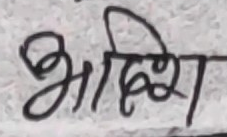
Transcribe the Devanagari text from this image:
भदिप